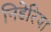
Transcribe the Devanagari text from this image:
निडेरिया